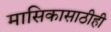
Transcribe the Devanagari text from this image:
मासिकासाठीही